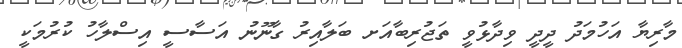
މާރިޔާ އަހުމަދު ދީދީ ވިދާޅުވީ ތަޖުރިބާއަށ ބަލާއިރު ގާނޫނު އަސާސީ އިސްލާހު ކުރުމަކީ